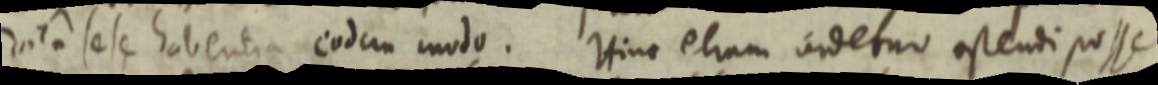
data se se habentia eodem modo. Hinc etiam videtur ostendi posse